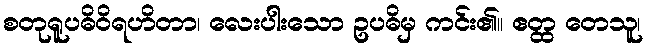
စတုရူပဓိဝိရဟိတာ၊ လေးပါးသော ဥပဓိမှ ကင်း၏။ ဧတ္ထ တေသူ၊